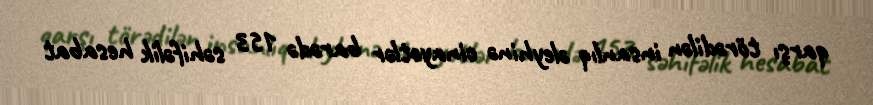
qarşı törədilən insanlıq əleyhinə cinayətlər barədə 153 səhifəlik hesabat